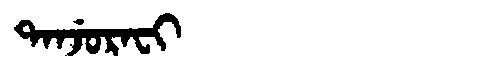
Manchu: ᡨᠠᠨᠵᡠᡵᠠᠸᡳ
Romanization: TANJURAFI